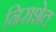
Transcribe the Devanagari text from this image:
निराशेत